Annual administration report of the Bombay Presidency - 1887-1892
Year: 1887
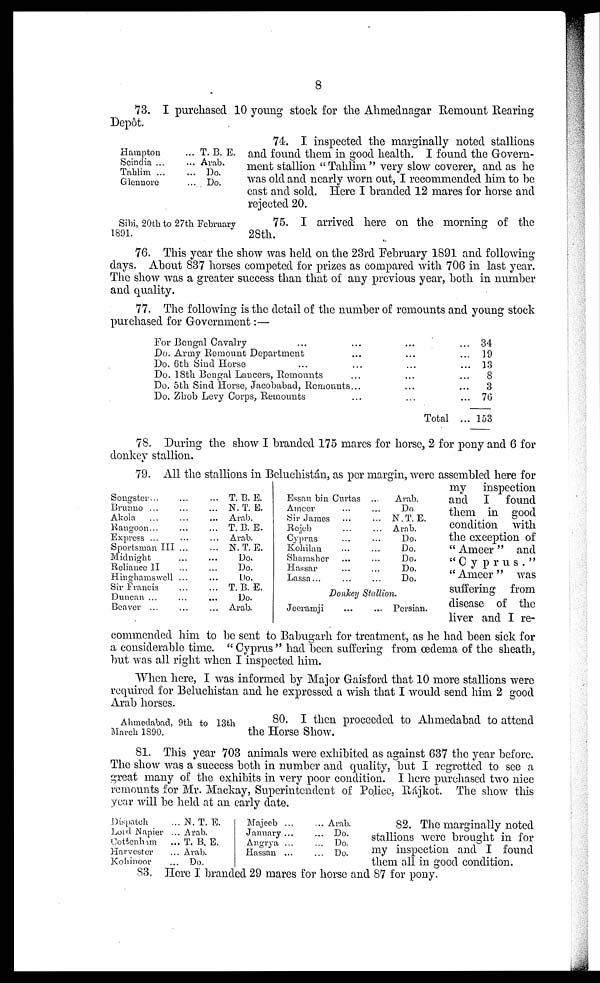
8
73. I purchased 10 young stock for the Ahmednagar Remount Rearing
Depôt.
Hampton
Scindia ...
Tahlim ...
Glennore
... T. B. E.
... Arab.
... Do.
... Do.
74. I inspected the marginally noted stallions
and found them in good health. I found the Govern-
ment stallion "Tahlim" very slow coverer, and as he
was old and nearly worn out, I recommended him to be
cast and sold. Here I branded 12 mares for horse and
rejected 20.
Sibi, 20th to 27th February
1891.
75. I arrived here on the morning of the
28th.
76. This year the show was held on the 23rd February 1891 and following
days. About 837 horses competed for prizes as compared with 706 in last year.
The show was a greater success than that of any previous year, both in number
and quality.
77. The following is the detail of the number of remounts and young stock
purchased for Government:—
For Bengal Cavalry ...
Do. Army Remount Department
Do. 6th Sind Horse ...
Do. 18th Bengal Lancers, Remounts
Do. 5th Sind Horse, Jacobabad, Remounts
Do. Zhob Levy Corps, Remounts
...
...
...
...
...
...
...
...
...
...
...
...
Total
...
...
...
...
...
34
19
13
8
3
76
153
78. During the show I branded 175 mares for horse, 2 for pony and 6 for
donkey stallion.
Songster...
Brunno ...
Akola ...
Rangoon...
Express ...
Sportsman III
Midnight
Reliance II
Hinghamswell
Sir Francis
Duncan ...
Beaver ...
...
...
...
...
...
...
...
...
...
...
...
...
...
...
...
...
...
...
...
...
...
...
...
...
T. B. E.
N. T. E.
Arab.
T. B. E.
Arab.
N. T. E.
Do.
Do.
Do.
T. B. E.
Do.
Arab.
Essau bin Curtas
Ameer
Sir James
Rejeb
Cyprus
Kohilan
Shamsher
Hassar
Lassa...
...
...
...
...
...
...
...
...
...
...
...
...
...
...
...
...
...
Arab.
Do.
N.T.E.
Arab.
Do.
Do.
Do.
Do.
Do.
Donkey Stallion.
Jeeramji
...
... Persian.
79. All the stallions in Beluchistán, as per margin, were assembled here for
my inspection
and I found
them in good
condition with
the exception of
"Ameer" and
"Cyprus."
"Ameer" was
suffering from
disease of the
liver and I re-
commended him to be sent to Babugarh for treatment, as he had been sick for
a considerable time. "Cyprus" had been suffering from œdema of the sheath,
but was all right when I inspected him.
When here, I was informed by Major Gaisford that 10 more stallions were
required for Beluchistan and he expressed a wish that I would send him 2 good
Arab horses.
Ahmedabad, 9th to 13th
March 1890.
80. I then proceeded to Ahmedabad to attend
the Horse Show.
81. This year 703 animals were exhibited as against 637 the year before.
The show was a success both in number and quality, but I regretted to see a
great many of the exhibits in very poor condition. I here purchased two nice
remounts for Mr. Mackay, Superintendent of Police, Rájkot. The show this
year will be held at an early date.
Dispatch
Lord Napier
Cottenham
Harvester
Kohinoor
... N. T. E.
... Arab.
... T. B. E.
... Arab.
... Do.
Majeeb ...
January ...
Angrya ...
Hassan ...
... Arab.
... Do.
... Do.
... Do.
82. The marginally noted
stallions were brought in for
my inspection and I found
them all in good condition.
83. Here I branded 29 mares for horse and 87 for pony.